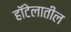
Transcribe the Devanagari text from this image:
हॉटेलातील